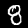
Digit: 8